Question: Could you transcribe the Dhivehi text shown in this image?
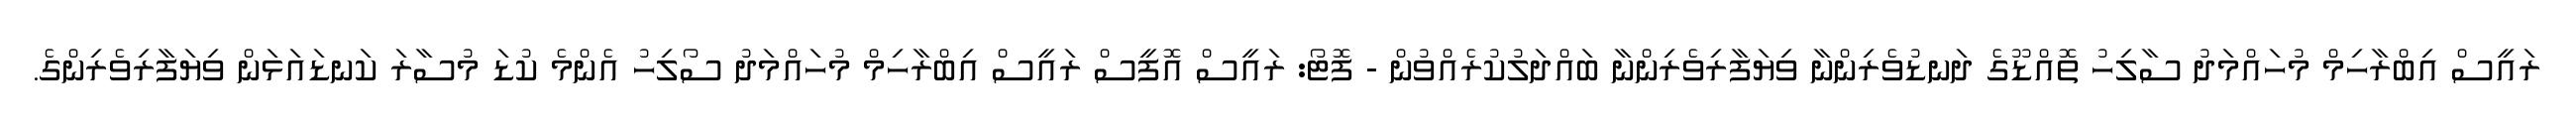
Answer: ރައީސް އިބްރާހިމް މުހައްމަދު ސާލިހު ތޮއްޑޫގެ ދަނޑުވެރިންނާ ވިޔަފާރިވެރިންނާ ބައްދަލުކުރެއްވުން - ފޮޓޯ: ރައީސް އޮފީސް ރައީސް އިބްރާހިމް މުހައްމަދު ސޯލިހު އެންމެ ކުޑަ މުސާރަ ކަނޑައަޅަން ވިޔަފާރިވެރިންގެ.